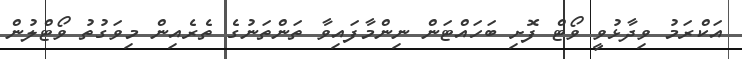
އަކްރަމު ވިދާޅުވީ ވޯޓް ފޮށި ބަހައްޓަން ނިންމާފައިވާ ތަންތަނުގެ ތެރެއިން މިވަގުތު ވޯޓްލުން